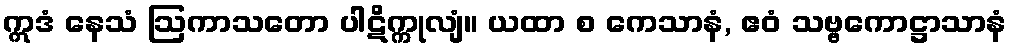
ဣဒံ နေသံ ဩကာသတော ပါဋိက္ကုလျံ။ ယထာ စ ကေသာနံ, ဧဝံ သဗ္ဗကောဋ္ဌာသာနံ